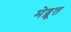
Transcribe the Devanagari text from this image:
मेद्रूत